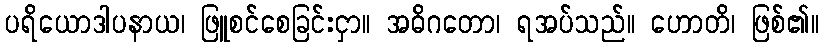
ပရိယောဒါပနာယ၊ ဖြူစင်စေခြင်းငှာ။ အဓိဂတော၊ ရအပ်သည်။ ဟောတိ၊ ဖြစ်၏။